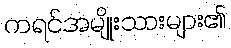
ကရင်အမျိုးသားများ၏